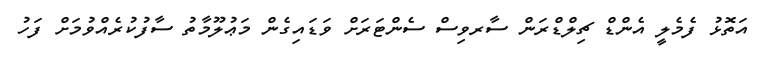
އަތޮޅު ފެމެލީ އެންޑް ޗިލްޑްރަން ސާރވިސް ސެންޓަރަށް ވަޑައިގެން މަޢުލޫމާތު ސާފުކުރެއްވުމަށް ފަހު